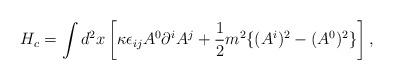
LaTeX: \begin{align*}H_c = \int d^2x \left[ {\kappa} \epsilon_{ij} A^0 \partial^i A^j + \frac{1}{2} m^2 \{ (A^i)^2 - (A^0)^2 \} \right],\end{align*}